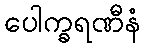
ပေါက္ခရဏီနံ